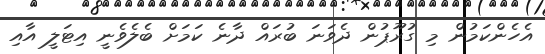
އެހެންކަމުން މި ގުރޫޕުން ދެވަނަ ބުރައް ދާނެ ކަމަށް ބެލެވެނީ އިޓަލީ އާއި